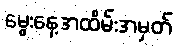
မွေးနေ့အထိမ်းအမှတ်